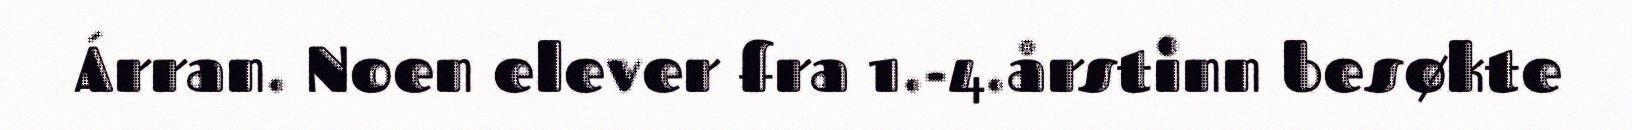
Árran. Noen elever fra 1.-4.årstinn besøkte